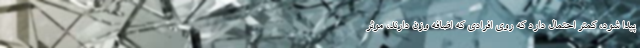
پیدا شود، کمتر احتمال دارد که روی افرادی که اضافه وزن دارند، موثر